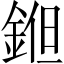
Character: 𨧝